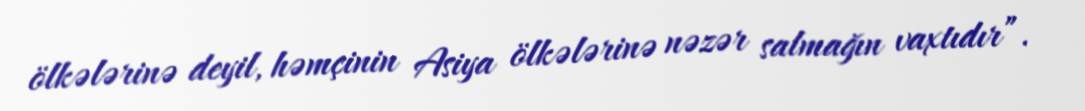
ölkələrinə deyil, həmçinin Asiya ölkələrinə nəzər salmağın vaxtıdır”.